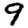
Digit: 9